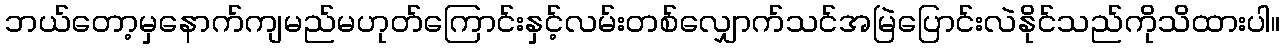
ဘယ်တော့မှနောက်ကျမည်မဟုတ်ကြောင်းနှင့်လမ်းတစ်လျှောက်သင်အမြဲပြောင်းလဲနိုင်သည်ကိုသိထားပါ။